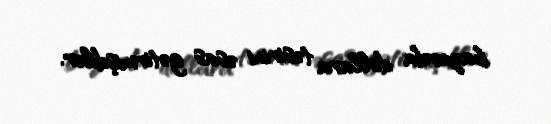
bazarda dollara təsirini əsas gətirmişdilər.